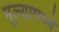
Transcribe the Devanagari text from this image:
मूल्यामध्ये